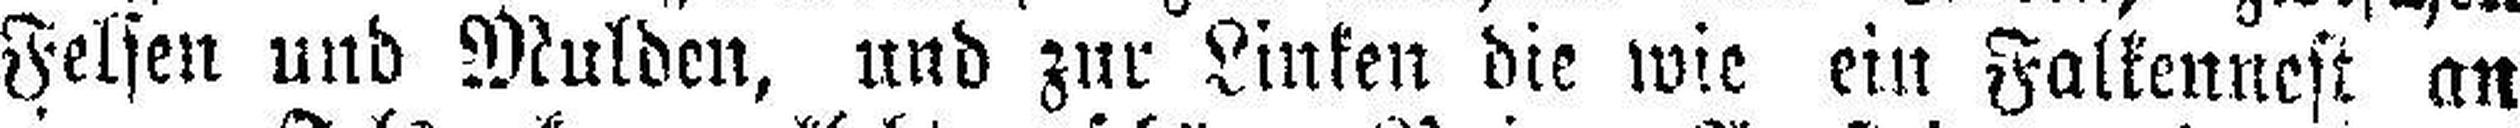
Felsen und Mulden, und zur Linken die wie ein Fallennest an